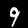
Label: 9